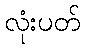
လုံးပတ်